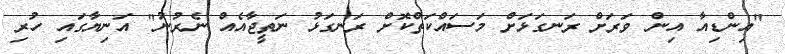
"އިންޑިއާ އިން ވަރަށް ރަނގަޅަށް މަސައްކަތްކޮށް ރަނގަޅު ނަތީޖާއެއް ނެރުނު" އަނިޔާގައި ހުރި